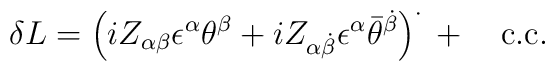
\delta L=\left( iZ_{\alpha\beta}\epsilon^\alpha \theta^\beta+iZ_{\alpha\dot\beta}\epsilon^\alpha{\bar\theta}^{\dot\beta} \right)^\cdot{}+ \quad {\rm c.{}c.}